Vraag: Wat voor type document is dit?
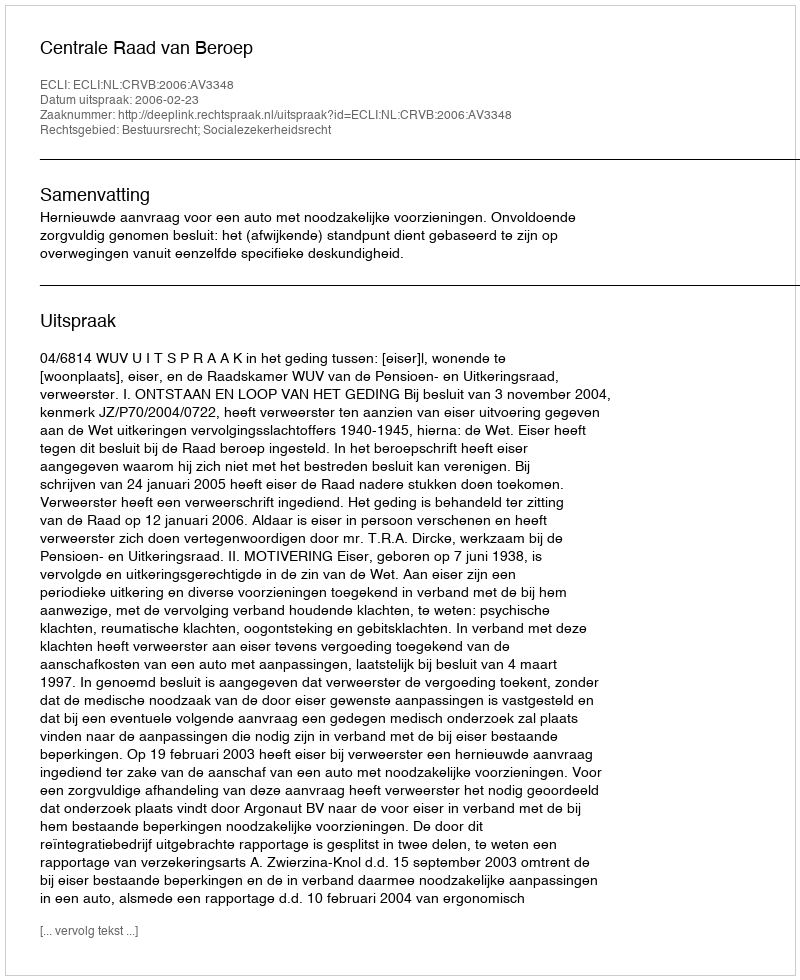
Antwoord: Uitspraak